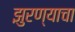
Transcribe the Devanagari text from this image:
झुरण्याचा